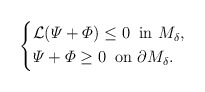
\begin{align*} \left\{ \begin{aligned} & \mathcal{L} (\varPsi + \varPhi) \leq 0 \;\; \mbox{in $M_{\delta}$}, \\ & \varPsi + \varPhi \geq 0 \;\; \mbox{on $\partial M_{\delta}$}.\end{aligned} \right.\end{align*}